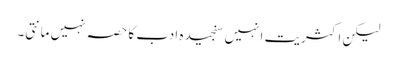
لیکن اکثریت انہیں سنجیدہ ادب کا حصہ نہیں مانتی۔